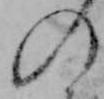
の